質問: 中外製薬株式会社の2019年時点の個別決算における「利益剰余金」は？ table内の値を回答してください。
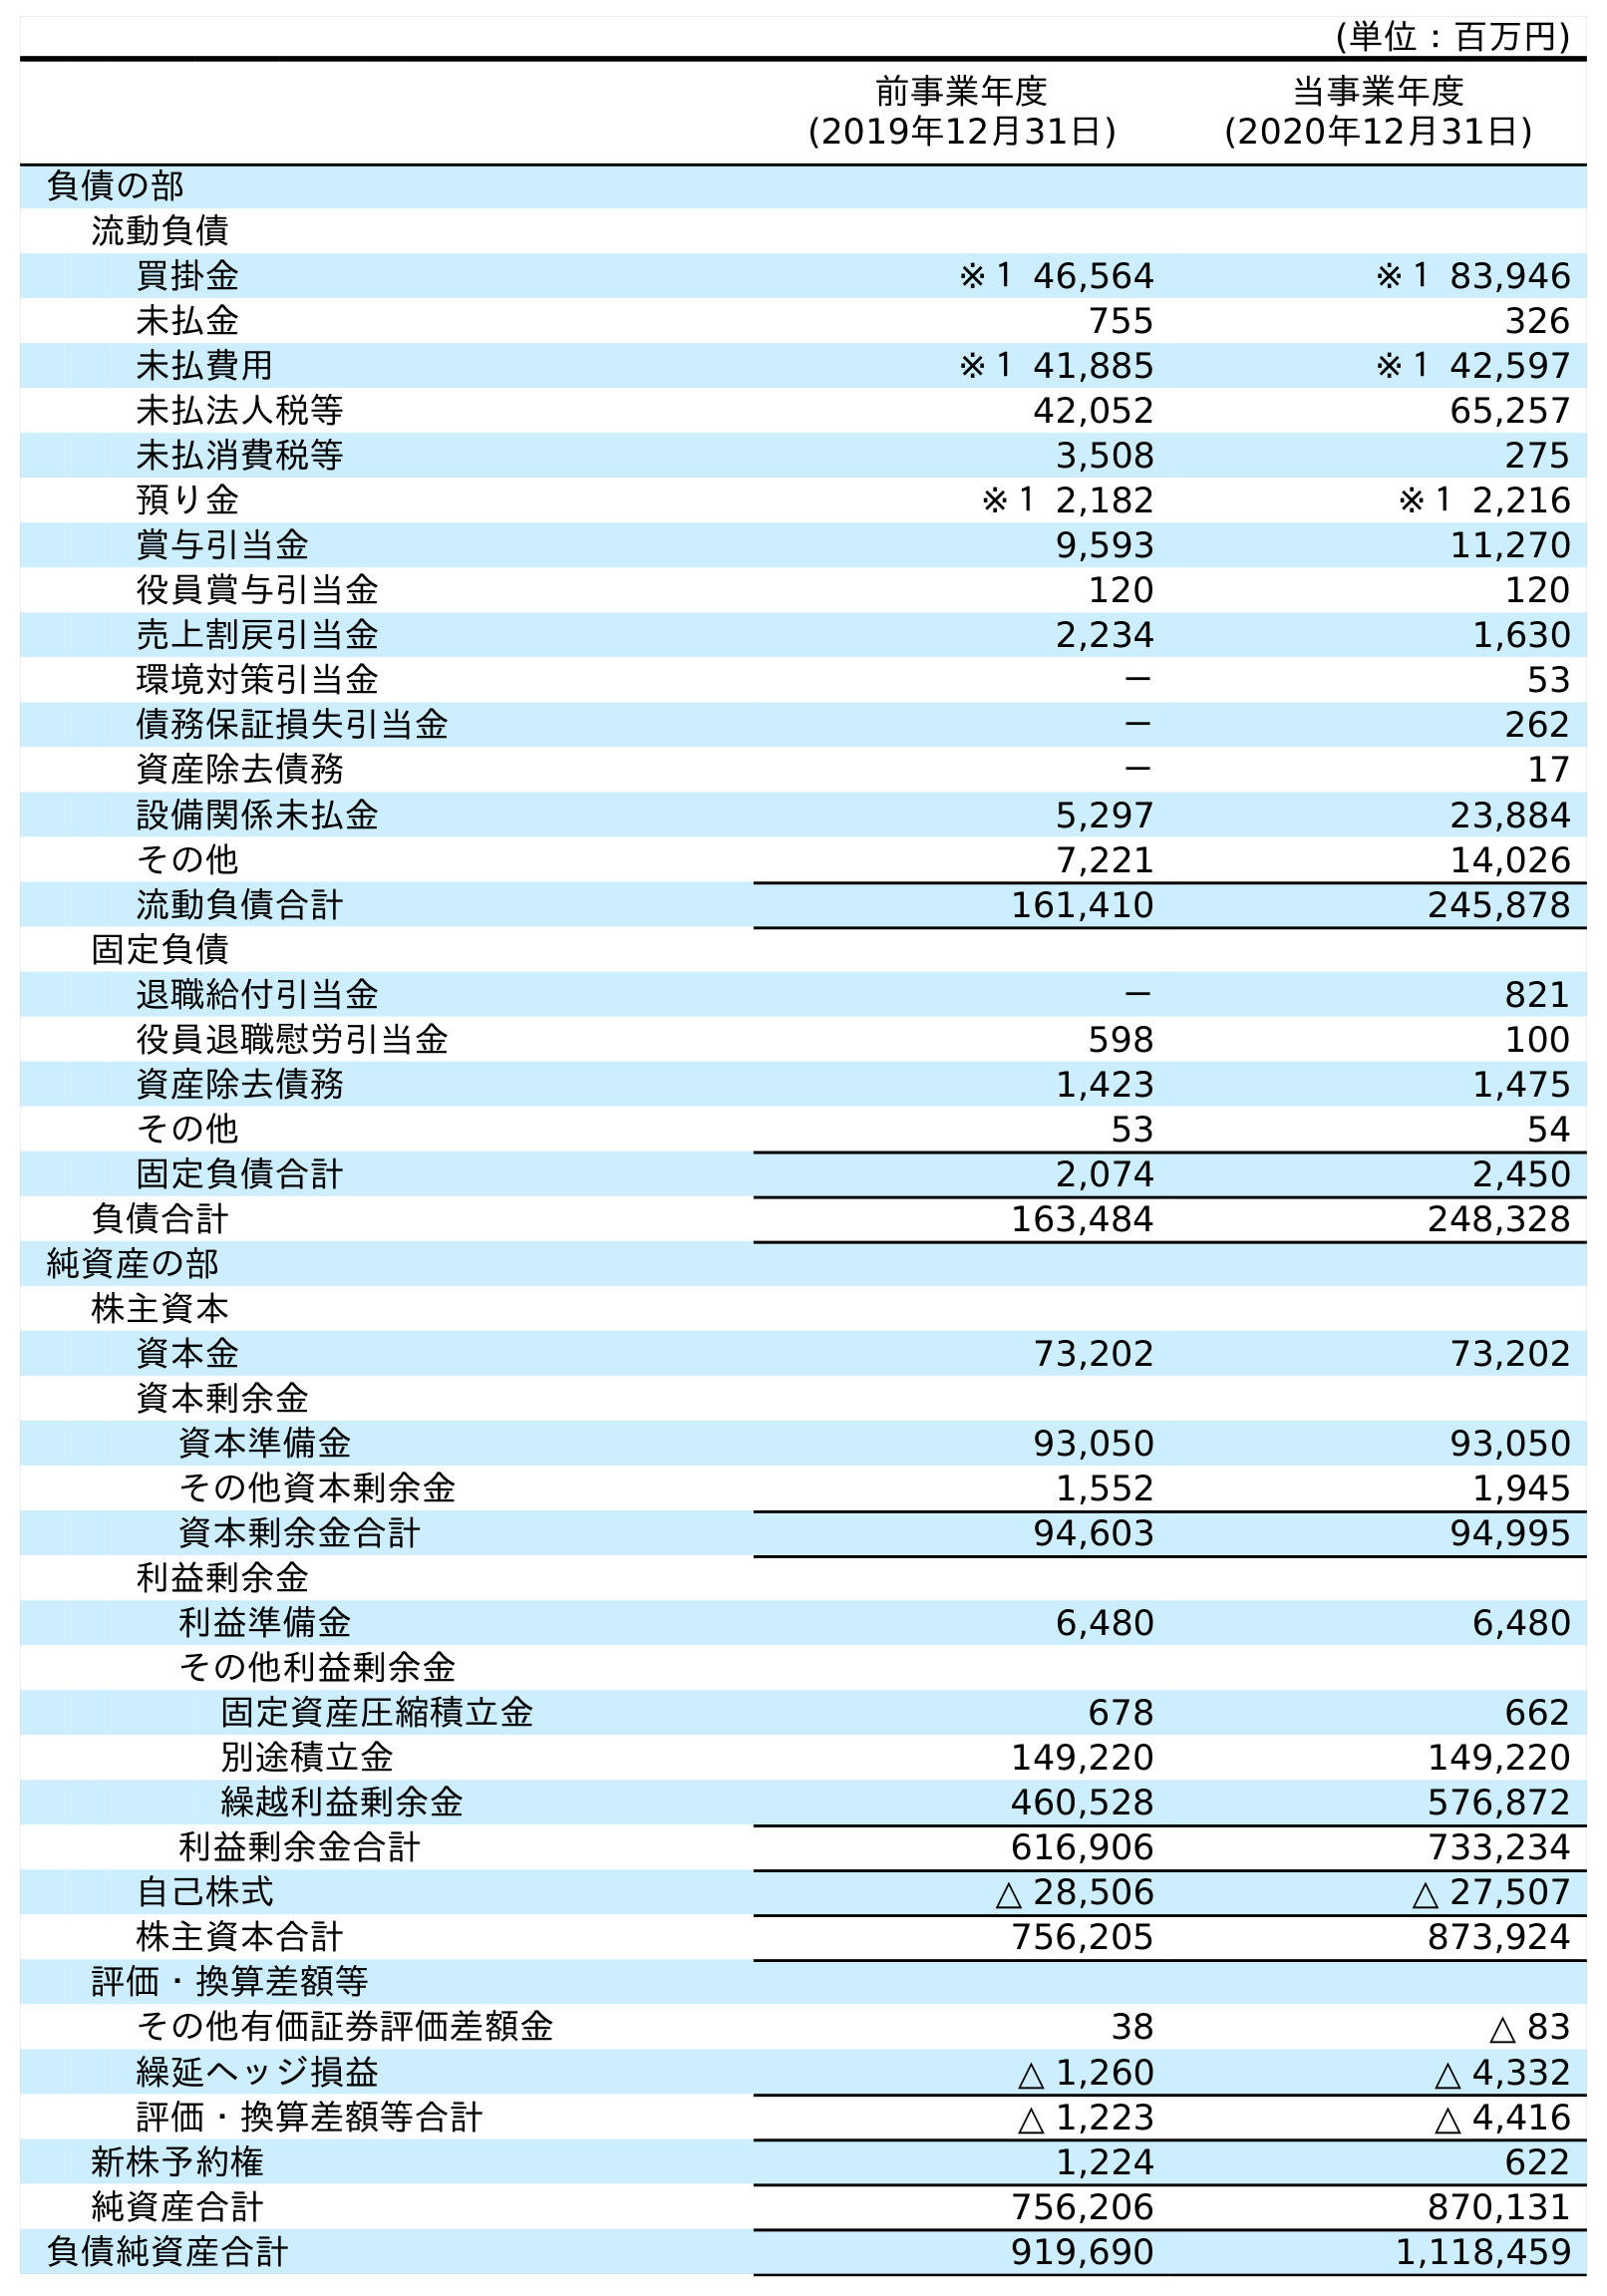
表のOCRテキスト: (単位：百万円) 前事業年度 (2019年12月31日) 当事業年度 (2020年12月31日) 負債の部 流動負債 買掛金 ※１ 46,564 ※１ 83,946 未払金 755 326 未払費用 ※１ 41,885 ※１ 42,597 未払法人税等 42,052 65,257 未払消費税等 3,508 275 預り金 ※１ 2,182 ※１ 2,216 賞与引当金 9,593 11,270 役員賞与引当金 120 120 売上割戻引当金 2,234 1,630 環境対策引当金 － 53 債務保証損失引当金 － 262 資産除去債務 － 17 設備関係未払金 5,297 23,884 その他 7,221 14,026 流動負債合計 161,410 245,878 固定負債 退職給付引当金 － 821 役員退職慰労引当金 598 100 資産除去債務 1,423 1,475 その他 53 54 固定負債合計 2,074 2,450 負債合計 163,484 248,328 純資産の部 株主資本 資本金 73,202 73,202 資本剰余金 資本準備金 93,050 93,050 その他資本剰余金 1,552 1,945 資本剰余金合計 94,603 94,995 利益剰余金 利益準備金 6,480 6,480 その他利益剰余金 固定資産圧縮積立金 678 662 別途積立金 149,220 149,220 繰越利益剰余金 460,528 576,872 利益剰余金合計 616,906 733,234 自己株式 △ 28,506 △ 27,507 株主資本合計 756,205 873,924 評価・換算差額等 その他有価証券評価差額金 38 △ 83 繰延ヘッジ損益 △ 1,260 △ 4,332 評価・換算差額等合計 △ 1,223 △ 4,416 新株予約権 1,224 622 純資産合計 756,206 870,131 負債純資産合計 919,690 1,118,459
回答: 616,906